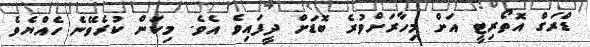
ޑްރަގް އޮތޯރިޓީ އަށް މިހާރަށްވުރެ ބޮޑަށް ދީފައިވެ އެވެ. މިކަން ކުރެވޭނެ ހެއްޔެވެ